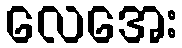
လေအေး